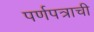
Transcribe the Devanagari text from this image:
पर्णपत्राची